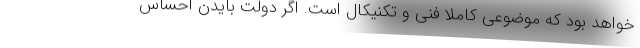
خواهد بود که موضوعی کاملا فنی و تکنیکال است. اگر دولت بایدن احساس